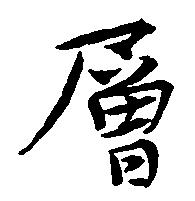
層